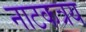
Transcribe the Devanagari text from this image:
नाटकत्रय